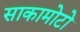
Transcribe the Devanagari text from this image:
साकामोटो